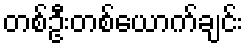
တစ်ဦးတစ်ယောက်ချင်း